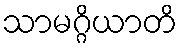
သာမဂ္ဂိယာတိ